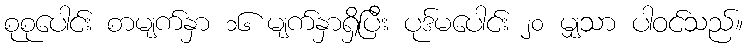
စုစုပေါင်း စာမျက်နှာ ၁၆ မျက်နှာရှိပြီး ပုဒ်မပေါင်း ၂၀ မျှသာ ပါဝင်သည်။